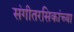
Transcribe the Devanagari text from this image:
संगीतरसिकांच्या